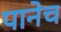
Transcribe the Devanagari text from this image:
पानेच